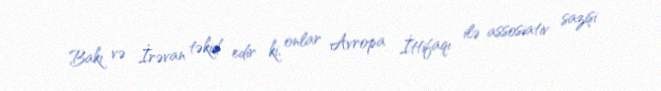
Bakı və İrəvan təkid edir ki, onlar Avropa İttifaqı ilə assosiativ sazişi